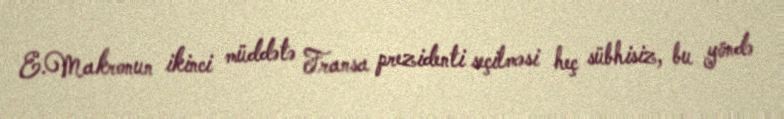
E.Makronun ikinci müddətə Fransa prezidenti seçilməsi heç sübhisiz, bu yöndə